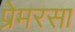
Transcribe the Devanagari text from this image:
प्रेमरसा